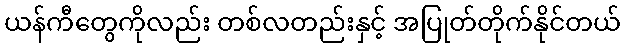
ယန်ကီတွေကိုလည်း တစ်လတည်းနှင့် အပြုတ်တိုက်နိုင်တယ်